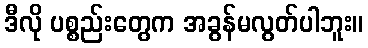
ဒီလို ပစ္စည်းတွေက အခွန်မလွတ်ပါဘူး။